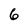
Character: 6